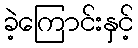
ခဲ့ကြောင်းနှင့်